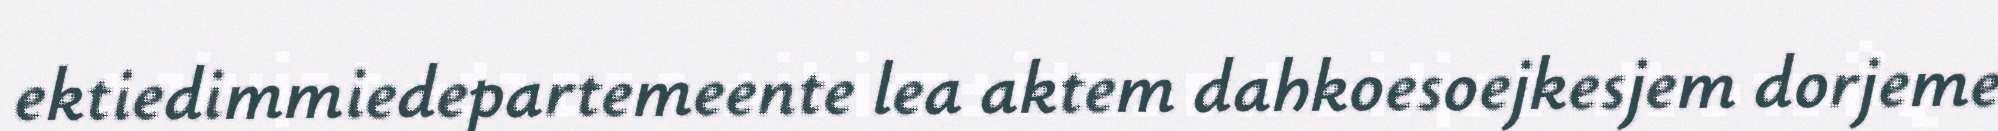
ektiedimmiedepartemeente lea aktem dahkoesoejkesjem dorjeme